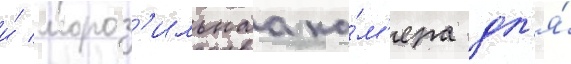
и́ мороз'ильнаа ка́м'ера дл'я́